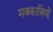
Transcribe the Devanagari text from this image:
मक्काबियों